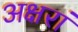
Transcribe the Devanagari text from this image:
अक्षरां